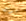
سوف